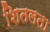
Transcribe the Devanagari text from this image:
शितलता